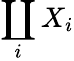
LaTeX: \coprod_{i}X_{i}